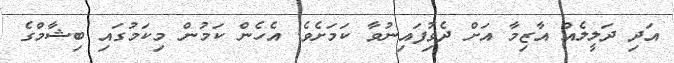
އަދި ދަލީލެއް އާޒިމާ އަށް ދެވިުފައިނުވާ ކަމަށެވެ. އެހެން ކަމުން މިކަމުގައި ބިޝާމްގެ